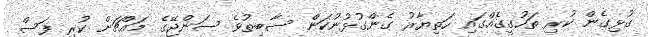
ގުޅިގެން ކުރި ތަހުގީގެއްގައި ހަތިޔާރު ގެންގުޅުނުކަން ސާބިތުވެ ސަންޖޭގެ މައްޗަށް ކުރި ފަސް